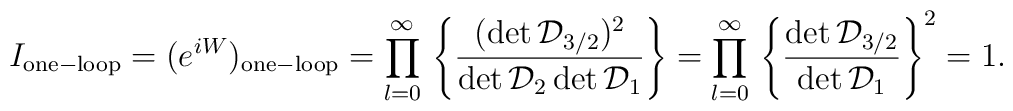
I_{\rm one-loop} = (e^{i W}) _{\rm one-loop}  =\prod_{l=0}^{\infty}{}\left\{ {(\det  {\cal D}_{3/2})^2 \over \det  {\cal D}_{2} \det  {\cal D}_{1} }\right\}=\prod_{l=0}^{\infty}{}\left\{ { \det  {\cal D}_{3/2} \over \det{\cal D}_{1}}\right\}^2=1.